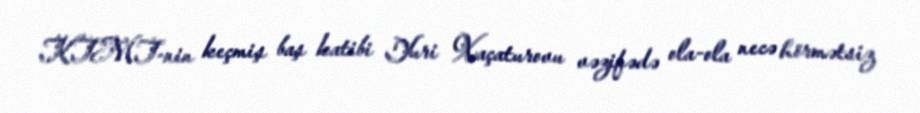
KTMT-nin keçmiş baş katibi Yuri Xaçaturovu vəzifədə ola-ola necə hörmətsiz